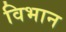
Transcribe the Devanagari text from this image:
विभान